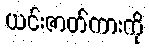
ယင်းဇာတ်ကားကို